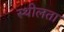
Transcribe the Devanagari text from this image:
स्थीलता